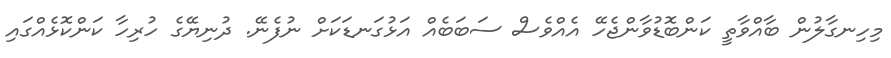
މިހިނގާލުން ބާއްވާތީ ކަންބޮޑުވާންޖެހޭ އެއްވެސް ސަބަބެއް އަޅުގަނޑަކަށް ނުފެނޭ. ދުނިޔޭގެ ހުރިހާ ކަންކޮޅެއްގައި